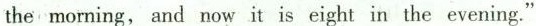
the morning, and now it is eight in the evening."